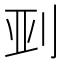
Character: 𫥼